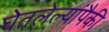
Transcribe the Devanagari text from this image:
घेतलेल्यांपैकी